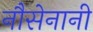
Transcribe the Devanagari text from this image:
नौसेनानी